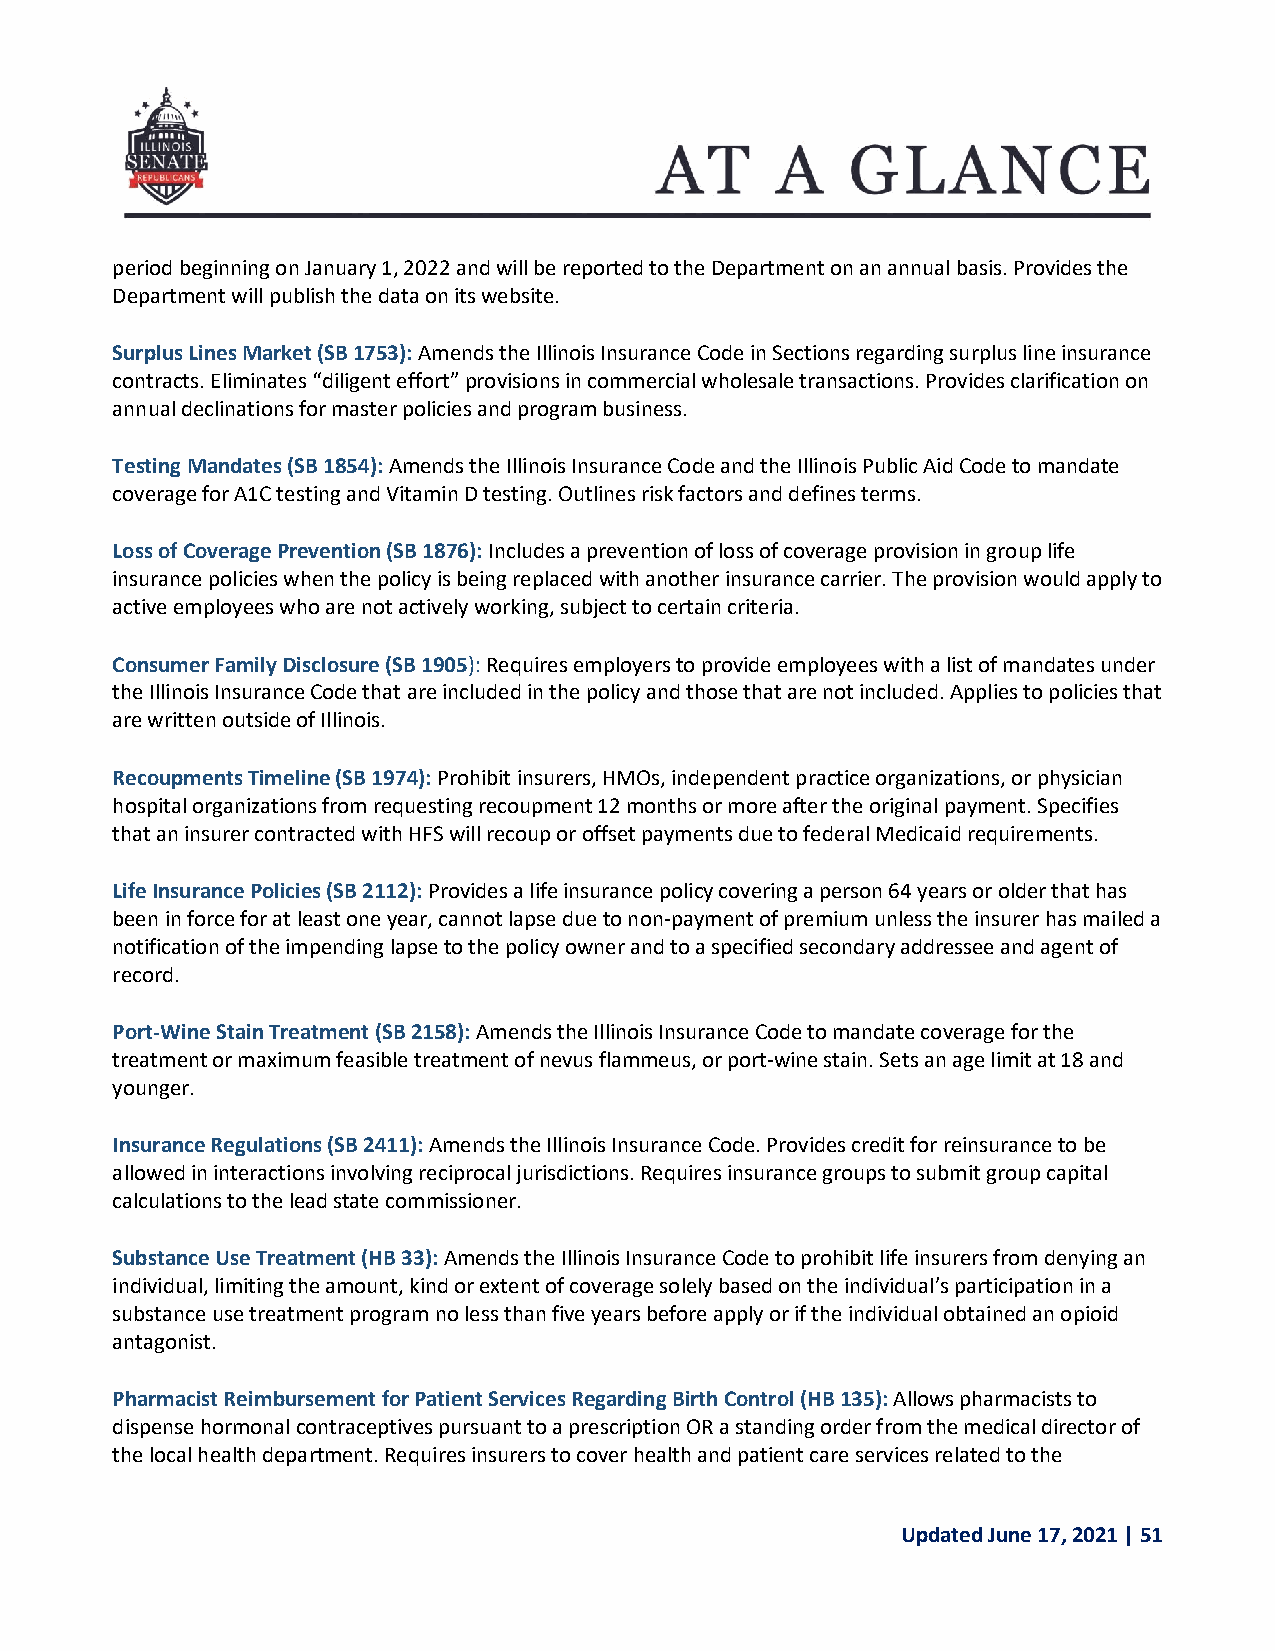
period beginning on January 1, 2022 and will be reported to the Department on an annual basis. Provides the
 Department will publish the data on its website.
 Surplus Lines Market (SB 1753): Amends the Illinois Insurance Code in Sections regarding surplus line insurance
 contracts. Eliminates “diligent effort” provisions in commercial wholesale transactions. Provides clarification on
 annual declinations for master policies and program business.
 Testing Mandates (SB 1854): Amends the Illinois Insurance Code and the Illinois Public Aid Code to mandate
 coverage for A1C testing and Vitamin D testing. Outlines risk factors and defines terms.
 Loss of Coverage Prevention (SB 1876): Includes a prevention of loss of coverage provision in group life
 insurance policies when the policy is being replaced with another insurance carrier. The provision would apply to
 active employees who are not actively working, subject to certain criteria.
 Consumer Family Disclosure (SB 1905): Requires employers to provide employees with a list of mandates under
 the Illinois Insurance Code that are included in the policy and those that are not included. Applies to policies that
 are written outside of Illinois.
 Recoupments Timeline (SB 1974): Prohibit insurers, HMOs, independent practice organizations, or physician
 hospital organizations from requesting recoupment 12 months or more after the original payment. Specifies
 that an insurer contracted with HFS will recoup or offset payments due to federal Medicaid requirements.
 Life Insurance Policies (SB 2112): Provides a life insurance policy covering a person 64 years or older that has
 been in force for at least one year, cannot lapse due to non-payment of premium unless the insurer has mailed a
 notification of the impending lapse to the policy owner and to a specified secondary addressee and agent of
 record.
 Port-Wine Stain Treatment (SB 2158): Amends the Illinois Insurance Code to mandate coverage for the
 treatment or maximum feasible treatment of nevus flammeus, or port-wine stain. Sets an age limit at 18 and
 younger.
 Insurance Regulations (SB 2411): Amends the Illinois Insurance Code. Provides credit for reinsurance to be
 allowed in interactions involving reciprocal jurisdictions. Requires insurance groups to submit group capital
 calculations to the lead state commissioner.
 Substance Use Treatment (HB 33): Amends the Illinois Insurance Code to prohibit life insurers from denying an
 individual, limiting the amount, kind or extent of coverage solely based on the individual’s participation in a
 substance use treatment program no less than five years before apply or if the individual obtained an opioid
 antagonist.
 Pharmacist Reimbursement for Patient Services Regarding Birth Control (HB 135): Allows pharmacists to
 dispense hormonal contraceptives pursuant to a prescription OR a standing order from the medical director of
 the local health department. Requires insurers to cover health and patient care services related to the
 Updated June 17, 2021 | 51